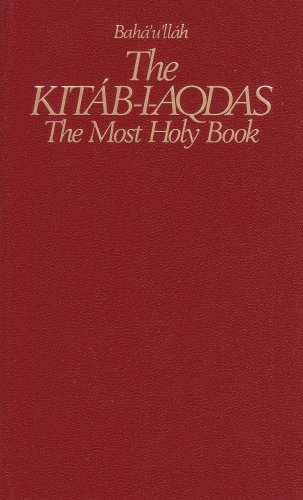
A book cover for The Kitab-I-Aqdas: The Most Holy Book; Baha'u'llah; Religion & Spirituality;